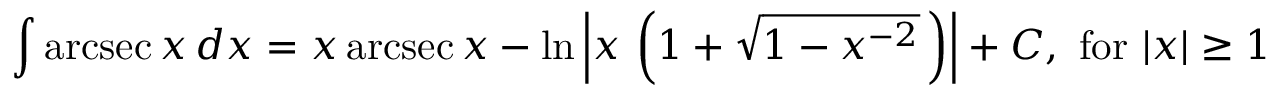
\int \operatorname { a r c s e c } { x } \, d x = x \operatorname { a r c s e c } { x } - \ln \left\vert x \, \left( 1 + { \sqrt { 1 - x ^ { - 2 } } } \, \right) \right\vert + C , { \mathrm { ~ f o r ~ } } \vert x \vert \geq 1